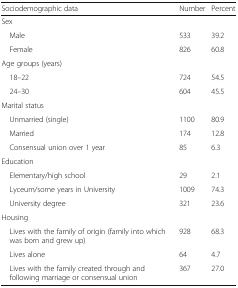
| Sociodemographic data | Number | Percent |
 | --- | --- | --- |
 | <COLSPAN=3> Sex |
 | Male | 533 | 39.2 |
 | Female | 826 | 60.8 |
 | <COLSPAN=3> Age groups (years) |
 | 18–22 | 724 | 54.5 |
 | 24–30 | 604 | 45.5 |
 | <COLSPAN=3> Marital status |
 | Unmarried (single) | 1100 | 80.9 |
 | Married | 174 | 12.8 |
 | Consensual union over 1 year | 85 | 6.3 |
 | <COLSPAN=3> Education |
 | Elementary/high school | 29 | 2.1 |
 | Lyceum/some years in University | 1009 | 74.3 |
 | University degree | 321 | 23.6 |
 | <COLSPAN=3> Housing |
 | Lives with the family of origin (family into which was born and grew up) | 928 | 68.3 |
 | Lives alone | 64 | 4.7 |
 | Lives with the family created through and following marriage or consensual union | 367 | 27.0 |